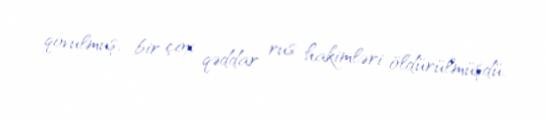
qovulmuş, bir çox qəddar rus hakimləri öldürülmüşdü.